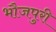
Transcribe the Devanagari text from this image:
भौजपुरी